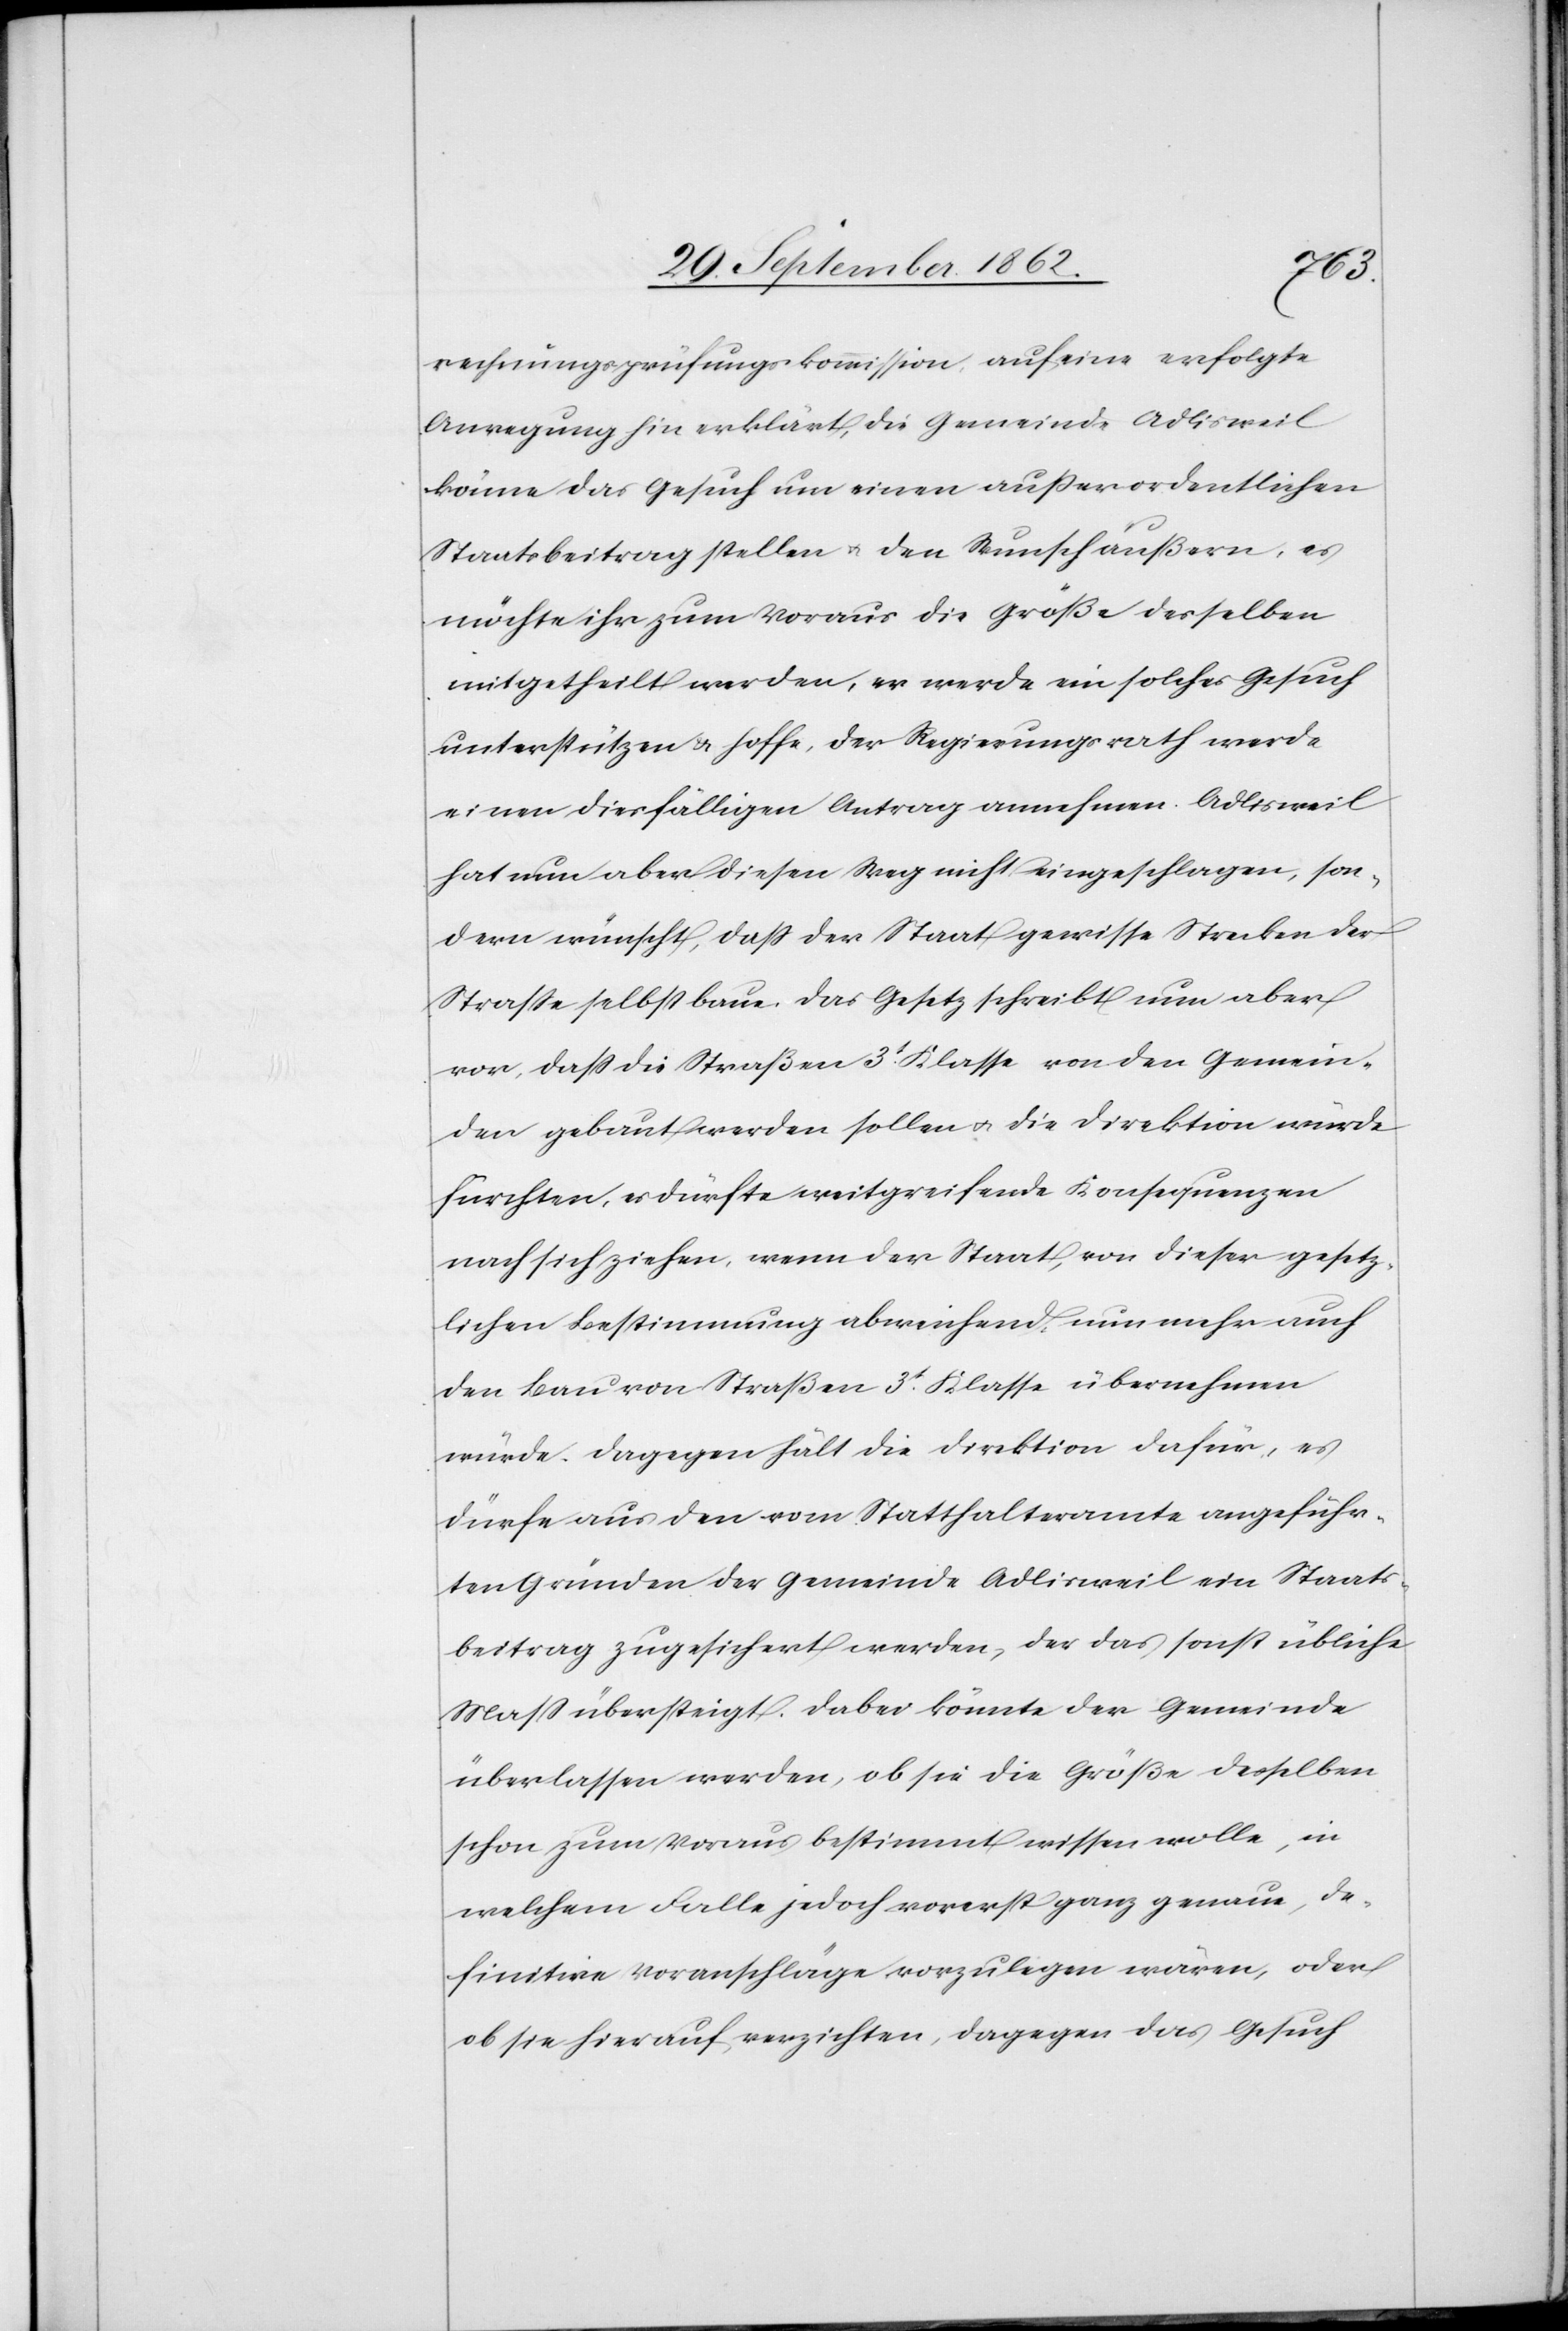
rechnungsprüfungskommission, auf eine erfolgte
Anregung hin erklärt, die Gemeinde Adlisweil
könne das Gesuch um einen außerordentlichen
Staatsbeitrag stellen u. den Wunsch äußern, es
möchte ihr zum Voraus die Größe desselben
mitgetheilt werden, es werde ein solches Gesuch
unterstützen u. hoffe, der Regierungsrath werde
einen diesfälligen Antrag annehmen. Adlisweil
hat nun aber diesen Weg nicht eingeschlagen, son¬
dern wünscht, daß der Staat gewisse Strecken der
Straße selbst baue. Das Gesetz schreibt nun aber
vor, daß die Straßen 3t Klasse von den Gemein¬
den gebaut werden sollen u. die Direktion würde
fürchten, es dürfte weitgreifende Konsequenzen
nach sich ziehen, wenn der Staat, von dieser gesetz¬
lichen Bestimmung abweichend, nun mehr auch
den Bau von Straßen 3t Klasse übernehmen
würde. Dagegen hält die Direktion dafür, es
dürfe aus den vom Statthalteramte angeführ¬
ten Gründen der Gemeinde Adlisweil ein Staats¬
beitrag zugesichert werden, der das sonst übliche
Maß übersteigt. Dabei könnte der Gemeinde
überlassen werden, ob sie die Größe desselben
schon zum Voraus bestimmt wissen wolle, in
welchem Falle jedoch vorerst ganz genaue, de¬
finitive Voranschläge vorzulegen wären, oder
ob sie hierauf verzichten, dagegen das Gesuch